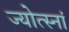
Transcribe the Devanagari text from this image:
ज्योत्स्नां